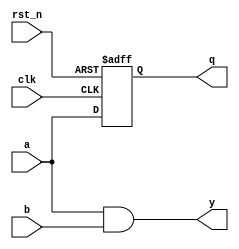
module event_control_example (
    input wire clk,          // Clock input
    input wire rst_n,       // Active low reset
    input wire a,           // Input signal a
    input wire b,           // Input signal b
    output reg q,           // Sequential output
    output reg y            // Combinational output
);

// Sequential Logic: D Flip-Flop with reset
always @ (posedge clk or negedge rst_n) begin
    if (!rst_n) begin
        q <= 1'b0;          // Reset output q to 0
    end else begin
        q <= a;            // On rising edge of clk, assign input a to output q
    end
end

// Combinational Logic: AND gate
always @ (a or b) begin
    y = a & b;             // Output y is the AND of inputs a and b
end

endmodule